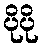
ပိုပို